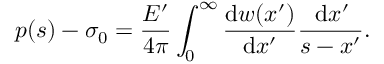
p ( s ) - \sigma _ { 0 } = \frac { E ^ { \prime } } { 4 \pi } \int _ { 0 } ^ { \infty } \frac { \mathrm { d } w ( x ^ { \prime } ) } { \mathrm { d } x ^ { \prime } } \frac { \, \mathrm { d } x ^ { \prime } } { s - x ^ { \prime } } .